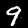
Digit: 9